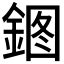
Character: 𰼹